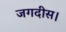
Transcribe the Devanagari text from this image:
जगदीस।